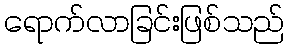
ရောက်လာခြင်းဖြစ်သည်